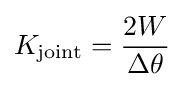
K_{\text{joint}}={\frac {2W}{\Delta \theta }}